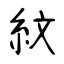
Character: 紋